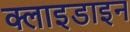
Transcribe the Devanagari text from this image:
क्लाइडाइन